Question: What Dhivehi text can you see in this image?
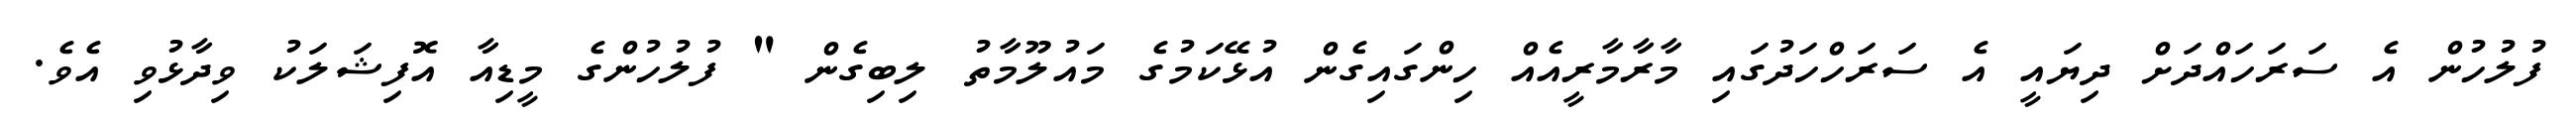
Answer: ފުލުހުން އެ ސަރަހައްދަށް ދިޔައީ އެ ސަރަހްހަދުގައި މާރާމާރީއެއް ހިންގައިގެން އުޅޭކަމުގެ މައުލޫމާތު ލިބިގެން " ފުލުހުންގެ މީޑިއާ އޮފިޝަލަކު ވިދާޅުވި އެވެ.